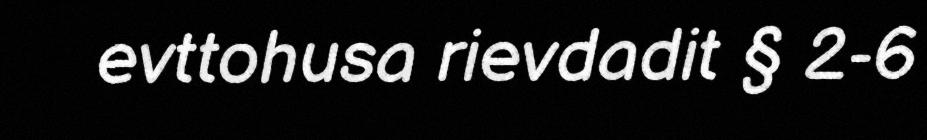
evttohusa rievdadit § 2-6